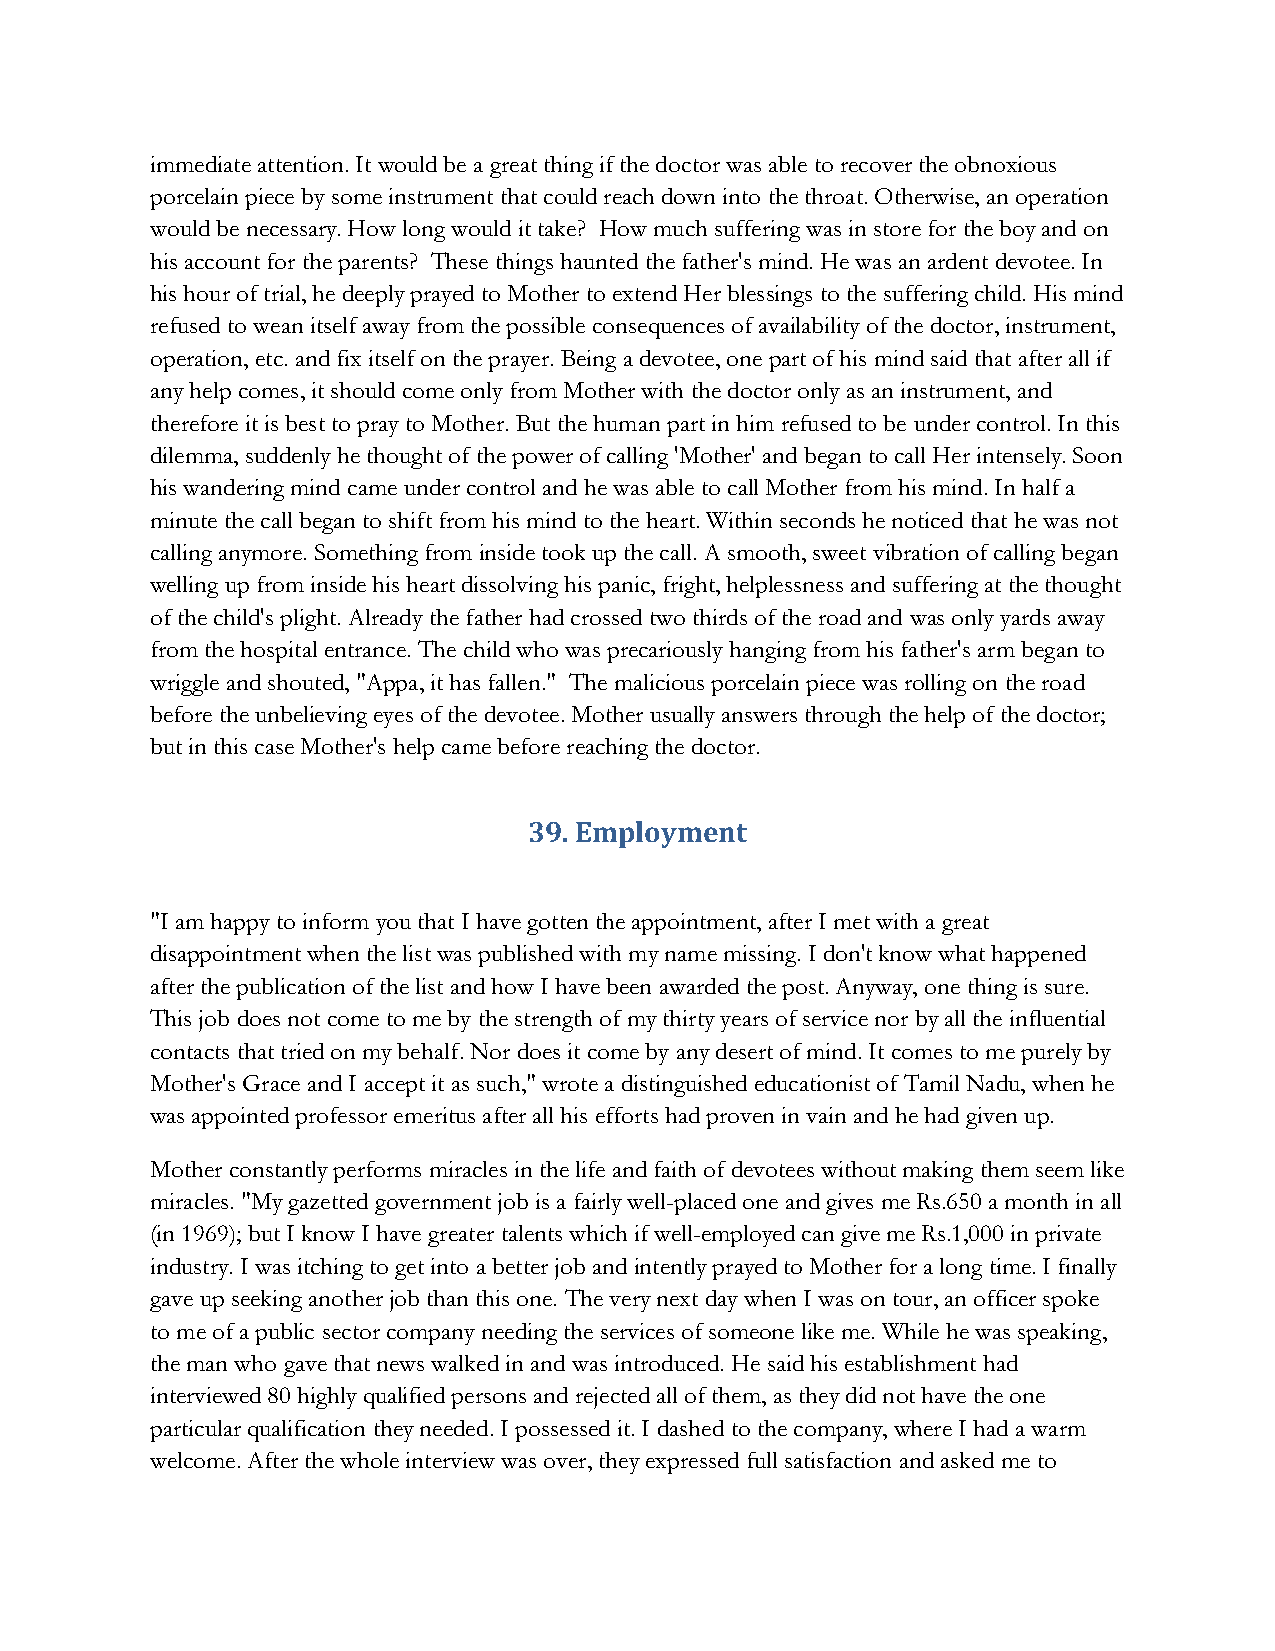
immediate attention. It would be a great thing if the doctor was able to recover the obnoxious
 porcelain piece by some instrument that could reach down into the throat. Otherwise, an operation
 would be necessary. How long would it take? How much suffering was in store for the boy and on
 his account for the parents? These things haunted the father's mind. He was an ardent devotee. In
 his hour of trial, he deeply prayed to Mother to extend Her blessings to the suffering child. His mind
 refused to wean itself away from the possible consequences of availability of the doctor, instrument,
 operation, etc. and fix itself on the prayer. Being a devotee, one part of his mind said that after all if
 any help comes, it should come only from Mother with the doctor only as an instrument, and
 therefore it is best to pray to Mother. But the human part in him refused to be under control. In this
 dilemma, suddenly he thought of the power of calling 'Mother' and began to call Her intensely. Soon
 his wandering mind came under control and he was able to call Mother from his mind. In half a
 minute the call began to shift from his mind to the heart. Within seconds he noticed that he was not
 calling anymore. Something from inside took up the call. A smooth, sweet vibration of calling began
 welling up from inside his heart dissolving his panic, fright, helplessness and suffering at the thought
 of the child's plight. Already the father had crossed two thirds of the road and was only yards away
 from the hospital entrance. The child who was precariously hanging from his father's arm began to
 wriggle and shouted, "Appa, it has fallen." The malicious porcelain piece was rolling on the road
 before the unbelieving eyes of the devotee. Mother usually answers through the help of the doctor;
 but in this case Mother's help came before reaching the doctor.
 39. Employment
 "I am happy to inform you that I have gotten the appointment, after I met with a great
 disappointment when the list was published with my name missing. I don't know what happened
 after the publication of the list and how I have been awarded the post. Anyway, one thing is sure.
 This job does not come to me by the strength of my thirty years of service nor by all the influential
 contacts that tried on my behalf. Nor does it come by any desert of mind. It comes to me purely by
 Mother's Grace and I accept it as such," wrote a distinguished educationist of Tamil Nadu, when he
 was appointed professor emeritus after all his efforts had proven in vain and he had given up.
 Mother constantly performs miracles in the life and faith of devotees without making them seem like
 miracles. "My gazetted government job is a fairly well-placed one and gives me Rs.650 a month in all
 (in 1969); but I know I have greater talents which if well-employed can give me Rs.1,000 in private
 industry. I was itching to get into a better job and intently prayed to Mother for a long time. I finally
 gave up seeking another job than this one. The very next day when I was on tour, an officer spoke
 to me of a public sector company needing the services of someone like me. While he was speaking,
 the man who gave that news walked in and was introduced. He said his establishment had
 interviewed 80 highly qualified persons and rejected all of them, as they did not have the one
 particular qualification they needed. I possessed it. I dashed to the company, where I had a warm
 welcome. After the whole interview was over, they expressed full satisfaction and asked me to